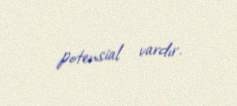
potensial vardır.